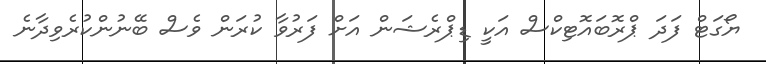
ޔޯގަޓް ފަދަ ޕްރޮބައޮޓިކްސް އަކީ ޑިޕްރެޝަން އަށް ފަރުވާ ކުރަން ވެސް ބޭނުންކުރެވިދާނެ